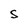
Character: S